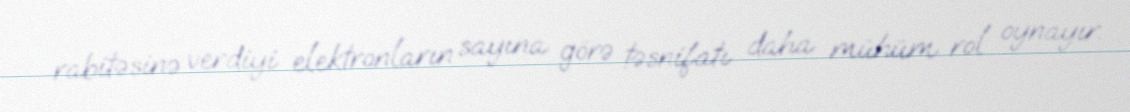
rabitəsinə verdiyi elektronların sayına görə təsnifatı daha mühüm rol oynayır.